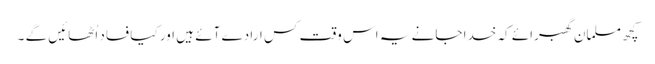
کچھ مسلمان گھبرائے کہ خدا جانے یہ اس وقت کس ارادے آئے ہیں اور کیا فساد اُٹھائیں گے ۔